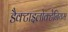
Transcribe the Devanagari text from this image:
डैक्टाइलोक्टेनियम